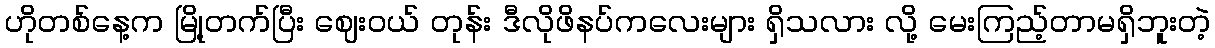
ဟိုတစ်နေ့က မြို့တက်ပြီး ဈေးဝယ် တုန်း ဒီလိုဖိနပ်ကလေးများ ရှိသလား လို့ မေးကြည့်တာမရှိဘူးတဲ့